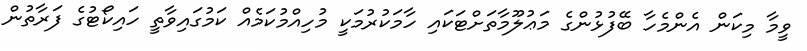
ވީމާ މިކަން އެންމެހާ ބޭފުޅުންގެ މަޢުލޫމާތަށްޓަކައި ހާމަކުރުމަކީ މުހިއްމުކަމެއް ކަމުގައިވާތީ ހައިކޯޓުގެ ފަރާތުން